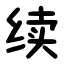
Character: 续